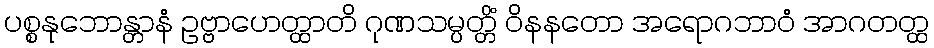
ပစ္စနုဘောန္တာနံ ဥဗ္ဗာဟေတ္ထာတိ ဂုဏသမ္ပတ္တိံ ဝိနနတော အရောဂဘာဝံ အာဂတတ္ထ